system: You are a helpful assistant.
user:
Analyze the provided spectrum to determine if it is a **White Dwarf (WD)**.

A White Dwarf spectrum is defined by its **extreme purity** (due to gravitational settling) and/or **extreme pressure broadening** (due to high surface gravity). You must check for one of the following mutually exclusive signatures:

- **Key Visual Indicators (Check for ONE of these types):**

    - **1. DA-Type Signature (Most Common):**
        - **(Primary Feature):** Extreme pressure broadening (Stark broadening) of the **Hydrogen (H) Balmer lines**.
        - **(Key Lines):** $H\beta$ (approx. $4861$ Å) and $H\gamma$ (approx. $4340$ Å). $H\alpha$ (approx. $6563$ Å) will also be present if the wavelength range covers it.
        - **(Line Profile):** This is the **defining feature**. The lines are **NOT** sharp. They appear as massive, **extremely broad and deep "troughs" or "dips"** in the spectrum, often hundreds of Ångströms wide. The continuum will appear to "scoop" down at these wavelengths.
        - **(Distinction):** Normal A-type or B-type stars have *narrow* and *sharp* Hydrogen lines. A DA White Dwarf's lines are unmistakably "smeared" or "blurry" from pressure.

    - **2. DB-Type Signature:**
        - **(Primary Feature):** Broad absorption lines from **Neutral Helium (He I)**. The spectrum must lack any visible Hydrogen lines.
        - **(Key Lines):** Look for broad absorption near $4471$ Å, $4921$ Å, and $5876$ Å.
        - **(Line Profile):** These lines are also significantly pressure-broadened, appearing much wider than they would in a normal B-type main-sequence star.

    - **3. DC-Type Signature:**
        - **(Primary Feature):** A **featureless continuous spectrum**.
        - **(Line Profile):** The spectrum is a smooth curve with **no significant absorption or emission lines**.
        - **(Key Confirmation):** The continuum is almost always **blue or white**, indicating a hot object. This signature implies the atmosphere is so pure (or so cool) that no spectral lines are visible in the optical range. Its WD identity is confirmed by its extremely low intrinsic brightness (high absolute magnitude).

    - **4. DZ-Type Signature (Metal-Polluted):**
        - **(Primary Feature):** **Isolated, narrow metal absorption lines** on an otherwise featureless (DC-like) continuum.
        - **(Key Lines):** The **Calcium (Ca II) H & K doublet** (approx. **$3934$ Å** and **$3968$ Å**) is the most common and defining feature.
        - **(Line Profile):** These lines are "out of place." They are *not* part of a "forest" of thousands of lines. This signature is evidence of recent *accretion* (pollution) from rocky debris.
        - **(Distinction):** Normal G/K/M stars have a *dense forest* of thousands of metal lines. A DZ has a *clean* continuum with *only a few* strong metal lines.

    - **5. DQ-Type Signature (Carbon-Polluted):**
        - **(Primary Feature):** Absorption bands from **Carbon (C₂ "Swan Bands" or atomic C I)**.
        - **(Key Lines - C₂):** Look for bandheads with a "saw-tooth" shape near $5635$ Å, **$5165$ Å** (strongest), and $4737$ Å.
        - **(Key Confirmation):** The underlying **continuum must be blue or white** (hot).
        - **(Distinction):** This is the critical difference from a **Carbon Star**, which has the *exact same* C₂ bands but on an extremely **red, cool** continuum.

- **(Overall Spectrum):**
    - The continuum (overall shape) is typically **blue-sloping** (brighter in the blue than the red), as most white dwarfs are very hot.
    - The spectrum will look "pure" or "simple," dominated by only *one* of the five signatures listed above.

Think first, call **spectral_visualization_tool** if needed to examine features in detail, then provide your final answer. Your response must adhere to the following strict rules:
1.  **Overall Structure:** Your response must follow the format `<think>...</think> <tool_call>...</tool_call> (if a tool is used) <answer>...</answer>`.
2.  **Tool Usage Constraint:** You may only make **one** tool call per turn.
3.  **Final Answer Format:** In the `<answer>` tag, your conclusion must be inside a `\boxed{}` command (e.g., `\boxed{YES}` or `\boxed{NO}`), followed by your justification.

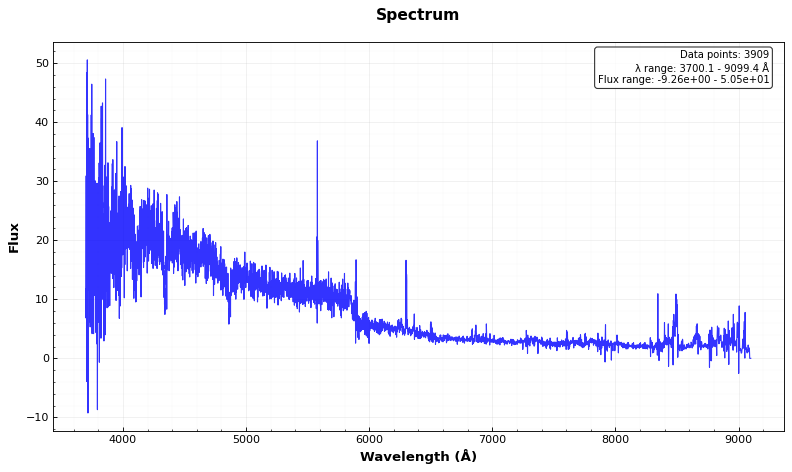
Answer: YES